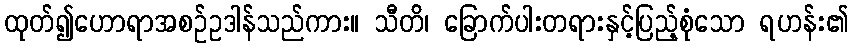
ထုတ်၍ဟောရာအစဉ်ဥဒါန်သည်ကား။ သီတိ၊ ခြောက်ပါးတရားနှင့်ပြည့်စုံသော ရဟန်း၏